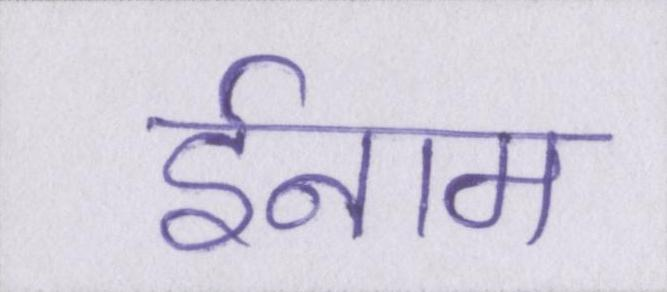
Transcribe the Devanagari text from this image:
ईनाम